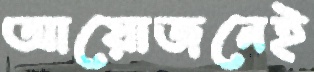
আয়োজনেই